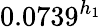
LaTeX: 0.0739^{h_{1}}